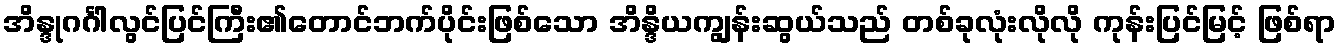
အိန္ဒုဂင်္ဂါလွင်ပြင်ကြီး၏တောင်ဘက်ပိုင်းဖြစ်သော အိန္ဒိယကျွန်းဆွယ်သည် တစ်ခုလုံးလိုလို ကုန်းပြင်မြင့် ဖြစ်ရာ